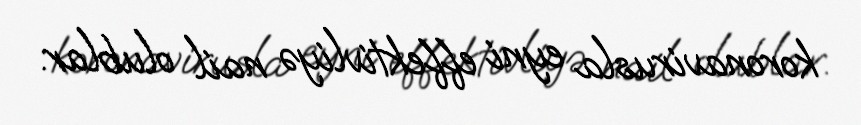
koronavirusla eyni effektivliyə nail olublar.